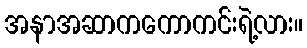
အနာအဆာကကောကင်းရဲ့လား။